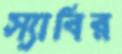
স্যাবির